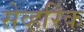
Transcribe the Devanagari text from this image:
सेव्हरिक